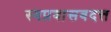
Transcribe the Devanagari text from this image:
स्वप्नवासवदत्त